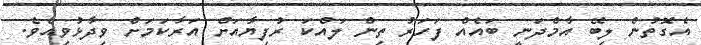
އެގޮތުން ލިބޭ އާމްދަނީ ބައެއް ފަހަރު ތިން ލައްކަ ރުފިޔާއަށް އަރާކަމަށް ވިދާޅުވިއެވެ.